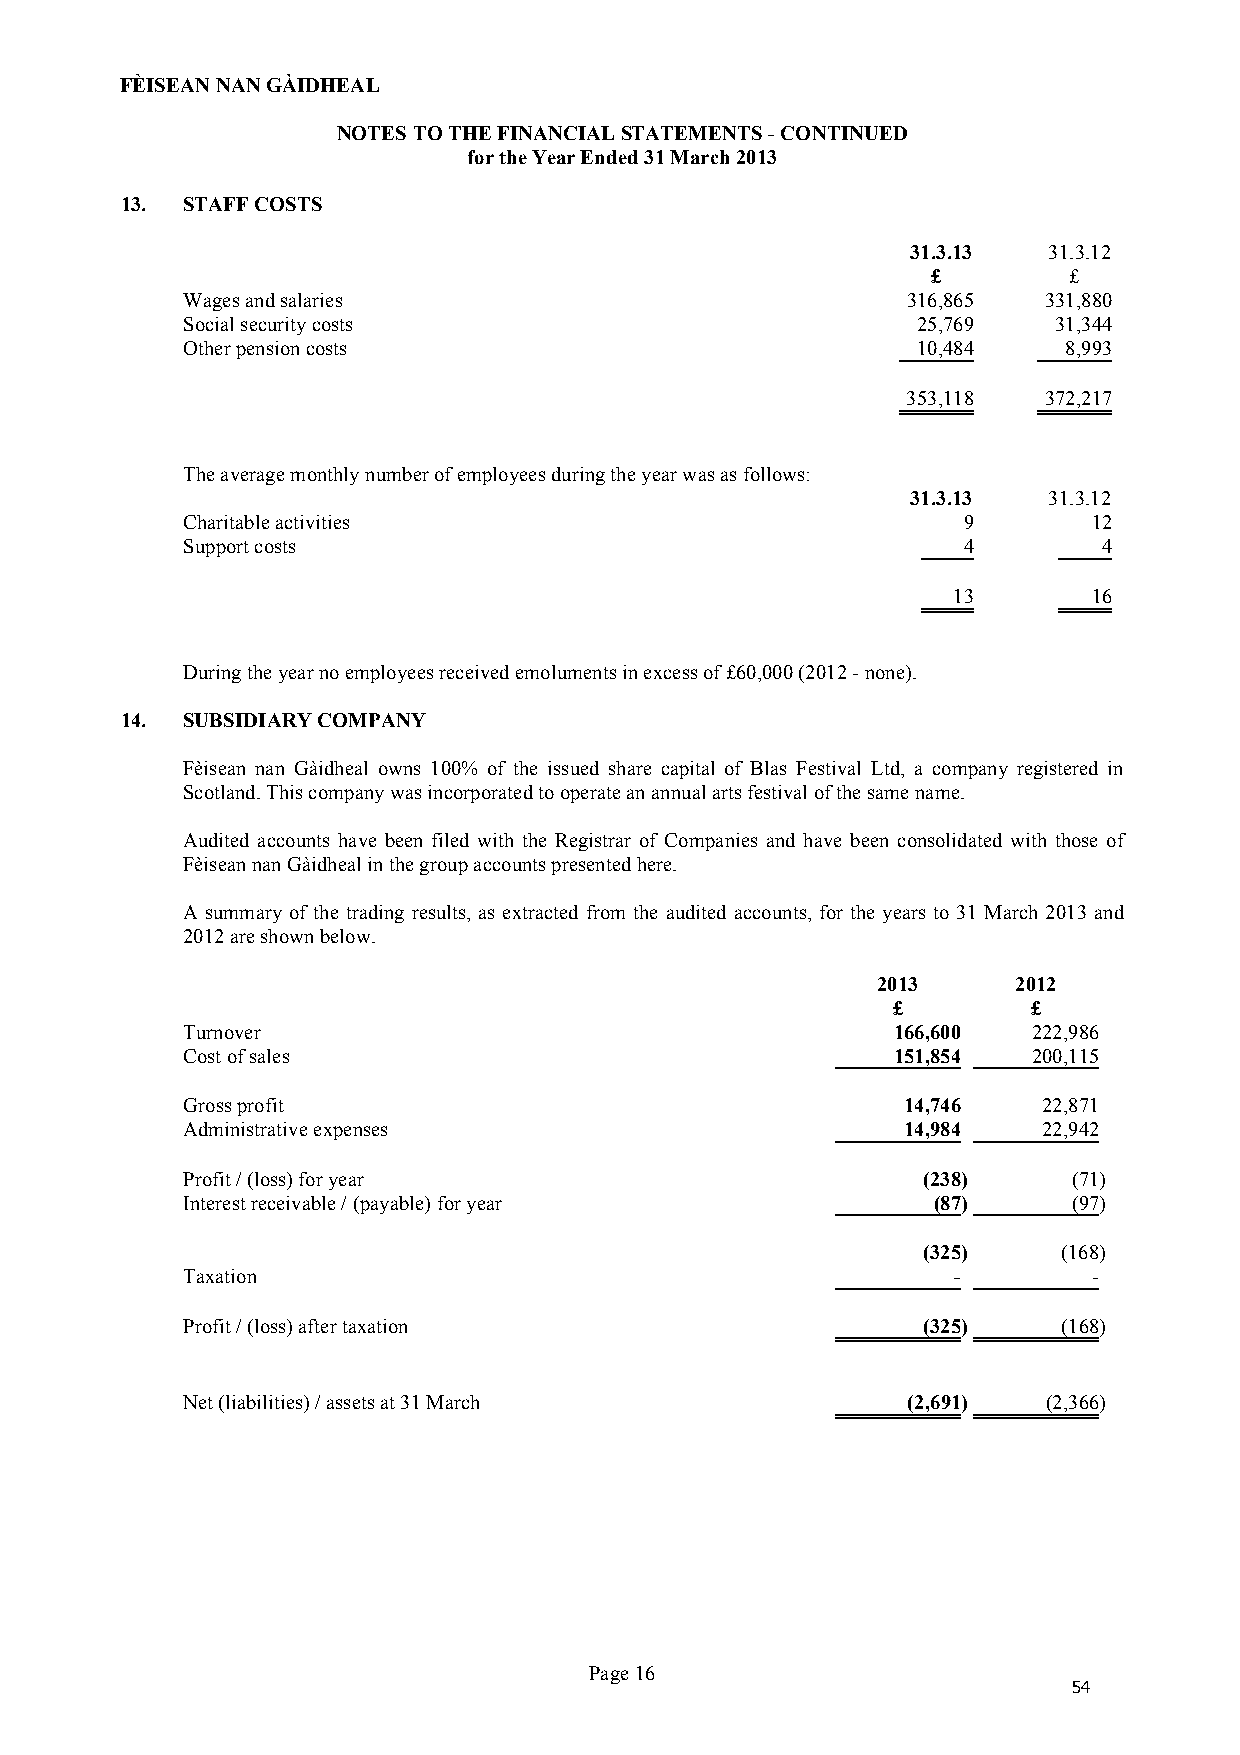
FÈISEAN NAN GÀIDHEAL
 NOTES TO THE FINANCIAL STATEMENTS - CONTINUED
 for the Year Ended 31 March 2013
 13. STAFF COSTS
 31.3.13  31.3.12
 £        £
 Wages and salaries                              316,865  331,880
 Social security costs                            25,769   31,344
 Other pension costs                              10,484    8,993
 353,118  372,217
 The average monthly number of employees during the year was as follows:
 31.3.13  31.3.12
 Charitable activities                               9       12
 Support costs                                       4        4
 13       16
 During the year no employees received emoluments in excess of £60,000 (2012 - none).
 14. SUBSIDIARY COMPANY
 Fèisean nan Gàidheal owns 100% of the issued share capital of Blas Festival Ltd, a company registered in
 Scotland. This company was incorporated to operate an annual arts festival of the same name.
 Audited accounts have been filed with the Registrar of Companies and have been consolidated with those of
 Fèisean nan Gàidheal in the group accounts presented here.
 A summary of the trading results, as extracted from the audited accounts, for the years to 31 March 2013 and
 2012 are shown below.
 2013     2012
 £        £
 Turnover                                       166,600  222,986
 Cost of sales                                  151,854  200,115
 Gross profit                                    14,746   22,871
 Administrative expenses                         14,984   22,942
 Profit / (loss) for year                         (238)     (71)
 Interest receivable / (payable) for year          (87)     (97)
 (325)    (168)
 Taxation                                           -        -
 Profit / (loss) after taxation                   (325)    (168)
 Net (liabilities) / assets at 31 March          (2,691)  (2,366)
 Page 16
 54